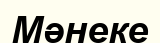
Мәнеке